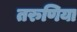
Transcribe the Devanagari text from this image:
तरुणिया